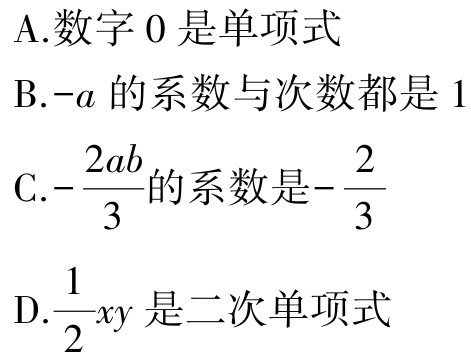
A.数字 0 是单项式

B.-a 的系数与次数都是 1

C.$-\frac{2ab}{3}$的系数是$-\frac{2}{3}$

D.$\frac{1}{2}xy$是二次单项式